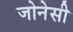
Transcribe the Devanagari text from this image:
जोनेसी